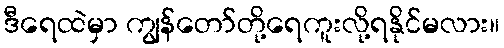
ဒီရေထဲမှာ ကျွန်တော်တို့ရေကူးလို့ရနိုင်မလား။